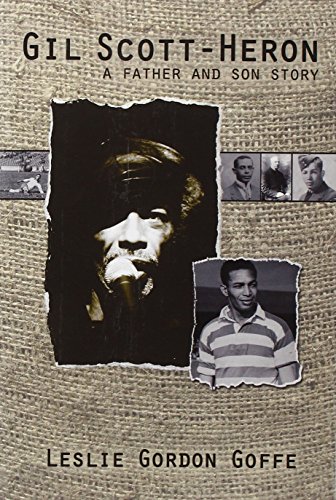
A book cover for Gil Scott- Heron: A Father and Son Story; Leslie Gordon Goffe; Biographies & Memoirs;